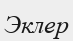
Эклер